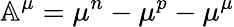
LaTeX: \mathbb{A}^{\mu}=\mu^{n}-\mu^{p}-\mu^{\mu}